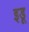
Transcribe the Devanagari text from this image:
इडू